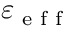
\varepsilon _ { \textrm { e f f } }